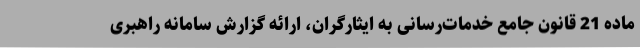
ماده 21 قانون جامع خدمات‌رسانی به ایثارگران، ارائه گزارش سامانه راهبری